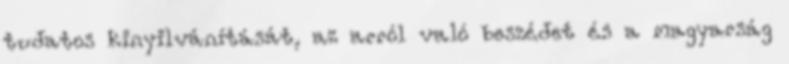
tudatos kinyilvánítását, az arról való beszédet és a magyarság